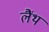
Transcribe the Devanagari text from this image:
लैंथ